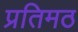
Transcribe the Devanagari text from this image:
प्रतिमठ